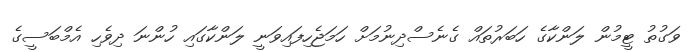
ވަގުތު ޓީމުން ލަންކާގެ ހަބަރުތައް ގެނެސްދިނުމަށް ހަމަޖެހިފައިވަނީ ލަންކާގައި ހުންނަ ދިވެހި އެމްބަސީގެ